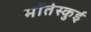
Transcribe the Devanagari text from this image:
मोंतेस्कुई